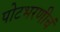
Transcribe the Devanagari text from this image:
पोटभरणीचं